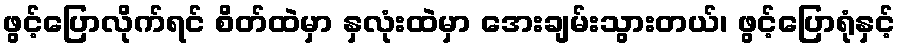
ဖွင့်ပြောလိုက်ရင် စိတ်ထဲမှာ နှလုံးထဲမှာ အေးချမ်းသွားတယ်၊ ဖွင့်ပြောရုံနှင့်